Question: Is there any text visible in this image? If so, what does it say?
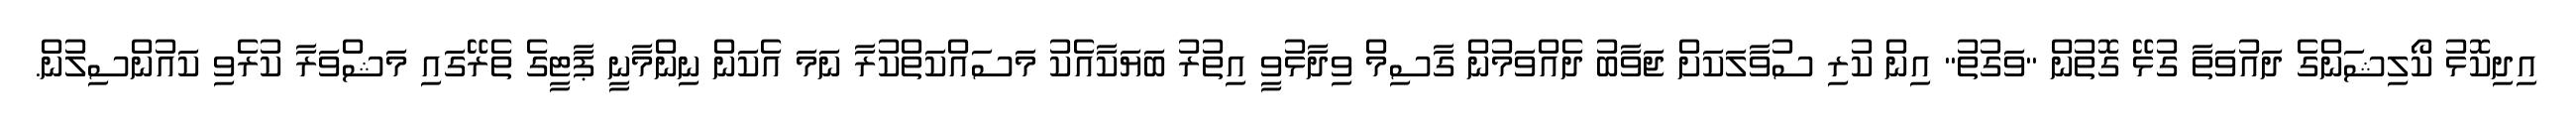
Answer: އިދިކޮޅު ކޯލިޝަންގެ ދައުވަތާ ގުޅޭ ގޮތުން "ވަގުތު" އިން ކުރި ސުވާލަކަށް ޖަވާބު ދެއްވަމުން ގާސިމް ވިދާޅުވީ އިތުރު ބަޔަކާއެކު މަސައްކަތްކުރާ ނަމަ އެކަން ނިންމާނީ ޕާޓީގެ ތެރޭގައި މަޝްވަރާ ކުރެވި ކައުންސިލުން.